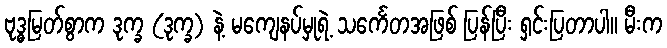
ဗုဒ္ဓမြတ်စွာက ဒုက္ခ (ဒုက္ခ) နဲ့ မကျေနပ်မှုရဲ့ သင်္ကေတအဖြစ် ပြန်ပြီး ရှင်းပြတာပါ။ မီးက